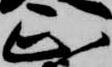
正